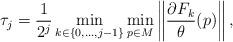
LaTeX: \begin{align*}\tau_j=\frac1{2^j}\min_{k\in\{0,\ldots,j-1\}} \min_{p\in M} \left\|\frac{\partial F_k}{\theta}(p) \right\|, \end{align*}